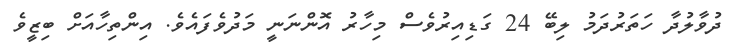
ދުވާލުދާ ހަތަރުދަމު ލިބޭ 24 ގަޑިއިރުވެސް މިހާރު އޮންނަނީ މަދުވެފައެވެ. އިންތިހާއަށް ބިޒީވެ